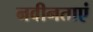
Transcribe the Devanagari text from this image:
नवीनताएं